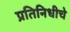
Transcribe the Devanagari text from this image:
प्रतिनिधीचे